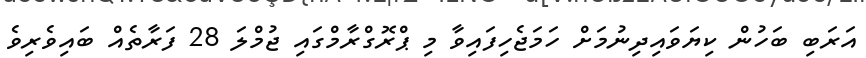
އަރަބި ބަހުން ކިޔަވައިދިނުމަށް ހަމަޖެހިފައިވާ މި ޕްރޮގްރާމްގައި ޖުމްލަ 28 ފަރާތެއް ބައިވެރިވެ